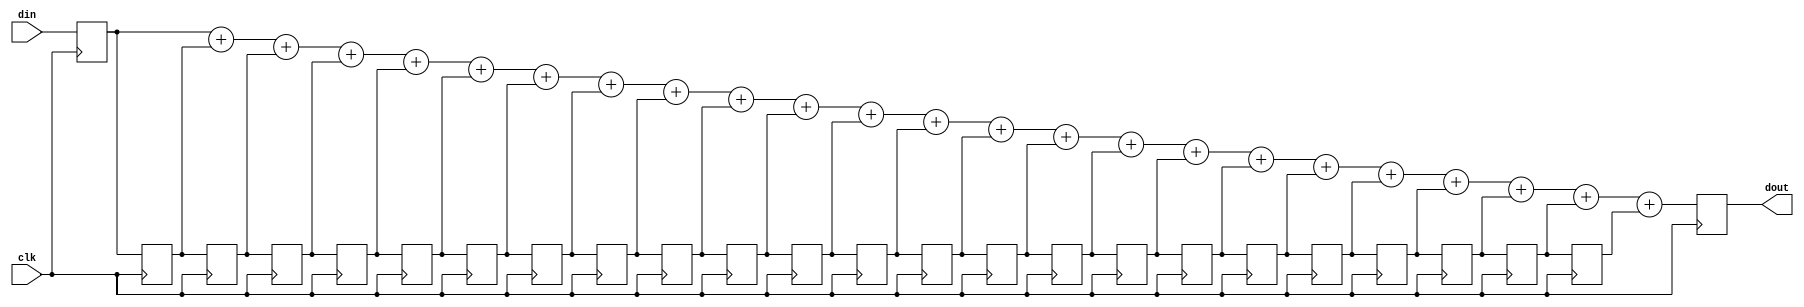
/*
  
   Multicore 2 / Multicore 2+
  
   Copyright (c) 2017-2020 - Victor Trucco

  
   All rights reserved
  
   Redistribution and use in source and synthezised forms, with or without
   modification, are permitted provided that the following conditions are met:
  
   Redistributions of source code must retain the above copyright notice,
   this list of conditions and the following disclaimer.
  
   Redistributions in synthesized form must reproduce the above copyright
   notice, this list of conditions and the following disclaimer in the
   documentation and/or other materials provided with the distribution.
  
   Neither the name of the author nor the names of other contributors may
   be used to endorse or promote products derived from this software without
   specific prior written permission.
  
   THIS CODE IS PROVIDED BY THE COPYRIGHT HOLDERS AND CONTRIBUTORS "AS IS"
   AND ANY EXPRESS OR IMPLIED WARRANTIES, INCLUDING, BUT NOT LIMITED TO,
   THE IMPLIED WARRANTIES OF MERCHANTABILITY AND FITNESS FOR A PARTICULAR
   PURPOSE ARE DISCLAIMED. IN NO EVENT SHALL THE AUTHOR OR CONTRIBUTORS BE
   LIABLE FOR ANY DIRECT, INDIRECT, INCIDENTAL, SPECIAL, EXEMPLARY, OR
   CONSEQUENTIAL DAMAGES (INCLUDING, BUT NOT LIMITED TO, PROCUREMENT OF
   SUBSTITUTE GOODS OR SERVICES; LOSS OF USE, DATA, OR PROFITS; OR BUSINESS
   INTERRUPTION) HOWEVER CAUSED AND ON ANY THEORY OF LIABILITY, WHETHER IN
   CONTRACT, STRICT LIABILITY, OR TORT (INCLUDING NEGLIGENCE OR OTHERWISE)
   ARISING IN ANY WAY OUT OF THE USE OF THIS SOFTWARE, EVEN IF ADVISED OF THE
   POSSIBILITY OF SUCH DAMAGE.
  
   You are responsible for any legal issues arising from your use of this code.
  
*//*  This file is part of JT51.

    JT51 is free software: you can redistribute it and/or modify
    it under the terms of the GNU General Public License as published by
    the Free Software Foundation, either version 3 of the License, or
    (at your option) any later version.

    JT51 is distributed in the hope that it will be useful,
    but WITHOUT ANY WARRANTY; without even the implied warranty of
    MERCHANTABILITY or FITNESS FOR A PARTICULAR PURPOSE.  See the
    GNU General Public License for more details.

    You should have received a copy of the GNU General Public License
    along with JT51.  If not, see <http://www.gnu.org/licenses/>.

	Author: Jose Tejada Gomez. Twitter: @topapate
	Version: 1.0
	Date: March, 7th 2017
	*/

`timescale 1ns / 1ps

module jt51_sincf #(parameter win=1, wout=5)
(
	input clk,
	input [win-1:0] din,
	output reg [wout-1:0] dout
);

reg [win-1:0] mem[23:0];

genvar i;


generate 
for (i=23; i>0; i=i-1) begin: meminput
	always @(posedge clk)
		mem[i] <= mem[i-1];	
end

endgenerate

always @(posedge clk) begin
	mem[0] <= din;
	dout <= mem[0] + mem[1] + mem[2] + mem[3] +
		mem[4] + mem[5] + mem[6] + mem[7] +
		mem[8] + mem[9] + mem[10] + mem[11] +
		mem[12] + mem[13] + mem[14] + mem[15] +
		mem[16] + mem[17] + mem[18] + mem[19] +
		mem[20] + mem[21] + mem[22] + mem[23];
end

endmodule